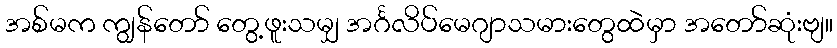
အစ်မက ကျွန်တော် တွေ့ဖူးသမျှ အင်္ဂလိပ်မေဂျာသမားတွေထဲမှာ အတော်ဆုံးဗျ။